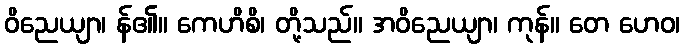
ဝိညေယျာ၊ န်၏။ ကေဟိစိ၊ တို့သည်။ အဝိညေယျာ၊ ကုန်။ တေ ဟေဝ၊